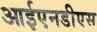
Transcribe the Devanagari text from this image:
आईएनडीएस